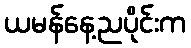
ယမန်နေ့ညပိုင်းက